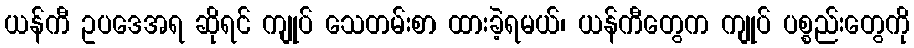
ယန်ကီ ဥပဒေအရ ဆိုရင် ကျုပ် သေတမ်းစာ ထားခဲ့ရမယ်၊ ယန်ကီတွေက ကျုပ် ပစ္စည်းတွေကို